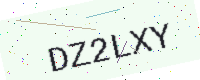
Text: DZ2LXY